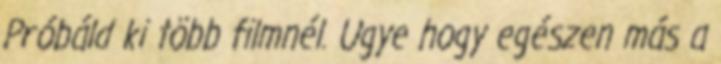
Próbáld ki több filmnél. Ugye hogy egészen más a